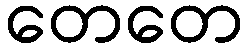
တေတေ